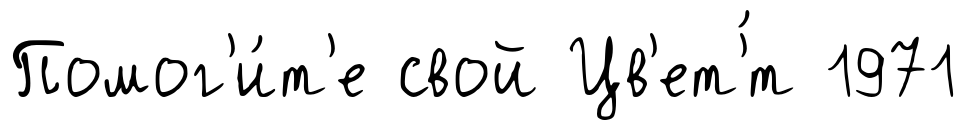
Помог'и́т'е свой Цв'ет'́т 1971